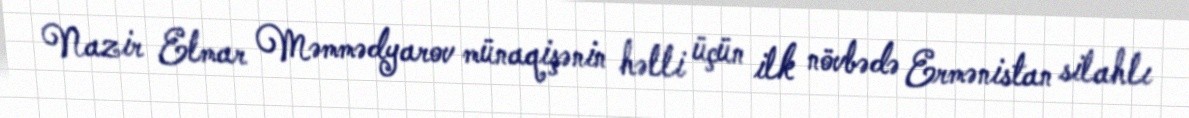
Nazir Elmar Məmmədyarov münaqişənin həlli üçün ilk növbədə Ermənistan silahlı